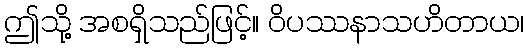
ဤသို့ အစရှိသည်ဖြင့်။ ဝိပဿနာသဟိတာယ၊